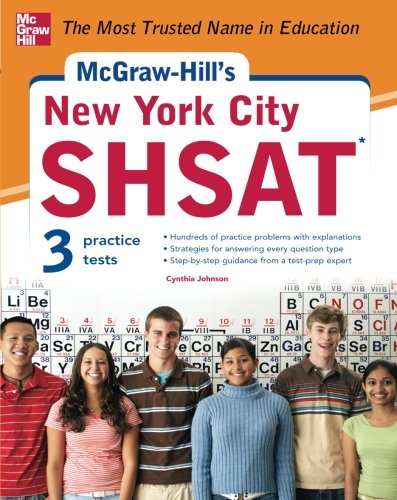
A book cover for McGraw-Hill's New York City SHSAT; Cynthia Johnson; Test Preparation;